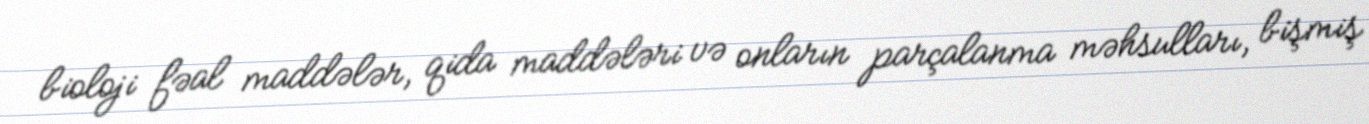
bioloji fəal maddələr, qida maddələri və onların parçalanma məhsulları, bişmiş